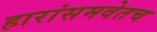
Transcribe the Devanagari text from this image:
हारांसमवेतच